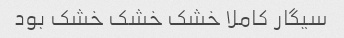
سیگار کاملا خشک خشک خشک بود